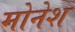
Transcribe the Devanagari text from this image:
मोनेश